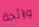
ورائحة